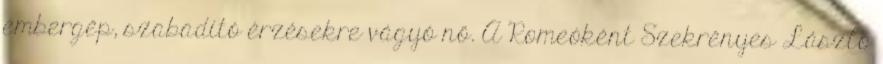
embergép, szabadító érzésekre vágyó nő. A Romeóként Szekrényes László